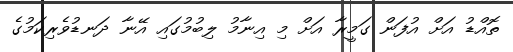
ތޮއްޑު އަށް އުފަން ގަމީރާ އަށް މި އިނާމު ލިބުމުގައި އޭނާ ދަނޑުވެރިކަމުގެ